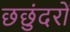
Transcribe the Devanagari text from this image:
छछुंदरों